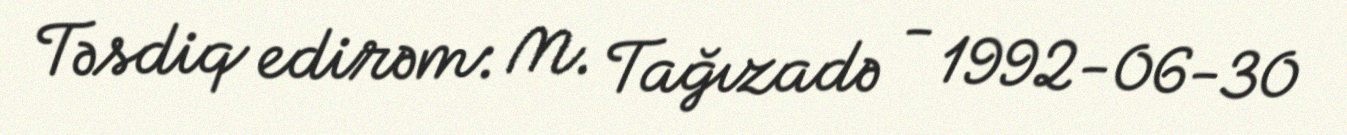
Təsdiq edirəm: M. Tağızadə - 1992-06-30